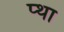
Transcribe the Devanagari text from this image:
प्था